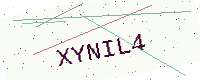
Text: XYNIL4